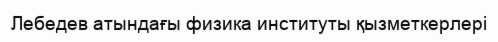
Лебедев атындағы физика институты қызметкерлері